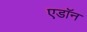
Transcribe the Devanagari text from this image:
एडॉन